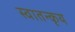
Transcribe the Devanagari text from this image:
स्वातन्कृय